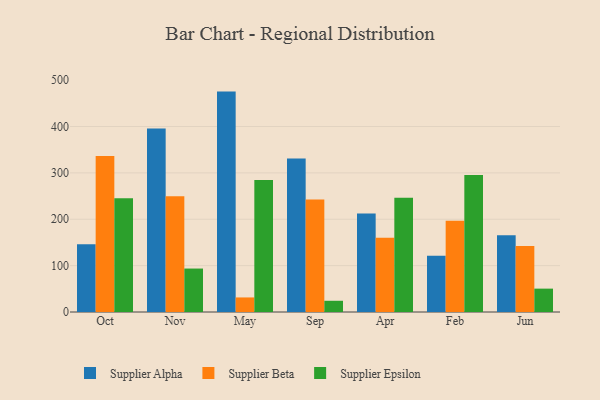
{"axis": {"x": "Month", "y": "Net Income (USD K)"}, "legend": ["Supplier Alpha", "Supplier Beta", "Supplier Epsilon"], "data": [{"x": "Oct", "y": 145.9, "type": "Supplier Alpha"}, {"x": "Oct", "y": 336.6, "type": "Supplier Beta"}, {"x": "Oct", "y": 245.5, "type": "Supplier Epsilon"}, {"x": "Nov", "y": 395.6, "type": "Supplier Alpha"}, {"x": "Nov", "y": 249.5, "type": "Supplier Beta"}, {"x": "Nov", "y": 93.7, "type": "Supplier Epsilon"}, {"x": "May", "y": 475.3, "type": "Supplier Alpha"}, {"x": "May", "y": 31.4, "type": "Supplier Beta"}, {"x": "May", "y": 284.9, "type": "Supplier Epsilon"}, {"x": "Sep", "y": 330.9, "type": "Supplier Alpha"}, {"x": "Sep", "y": 242.5, "type": "Supplier Beta"}, {"x": "Sep", "y": 24.2, "type": "Supplier Epsilon"}, {"x": "Apr", "y": 212.4, "type": "Supplier Alpha"}, {"x": "Apr", "y": 159.9, "type": "Supplier Beta"}, {"x": "Apr", "y": 246.4, "type": "Supplier Epsilon"}, {"x": "Feb", "y": 121.5, "type": "Supplier Alpha"}, {"x": "Feb", "y": 196.9, "type": "Supplier Beta"}, {"x": "Feb", "y": 295.5, "type": "Supplier Epsilon"}, {"x": "Jun", "y": 165.5, "type": "Supplier Alpha"}, {"x": "Jun", "y": 142.6, "type": "Supplier Beta"}, {"x": "Jun", "y": 50.4, "type": "Supplier Epsilon"}]}